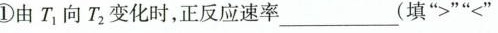
①由 T_{1} 向 |T_{2} 变化时，正反应速率_(填”>”<”